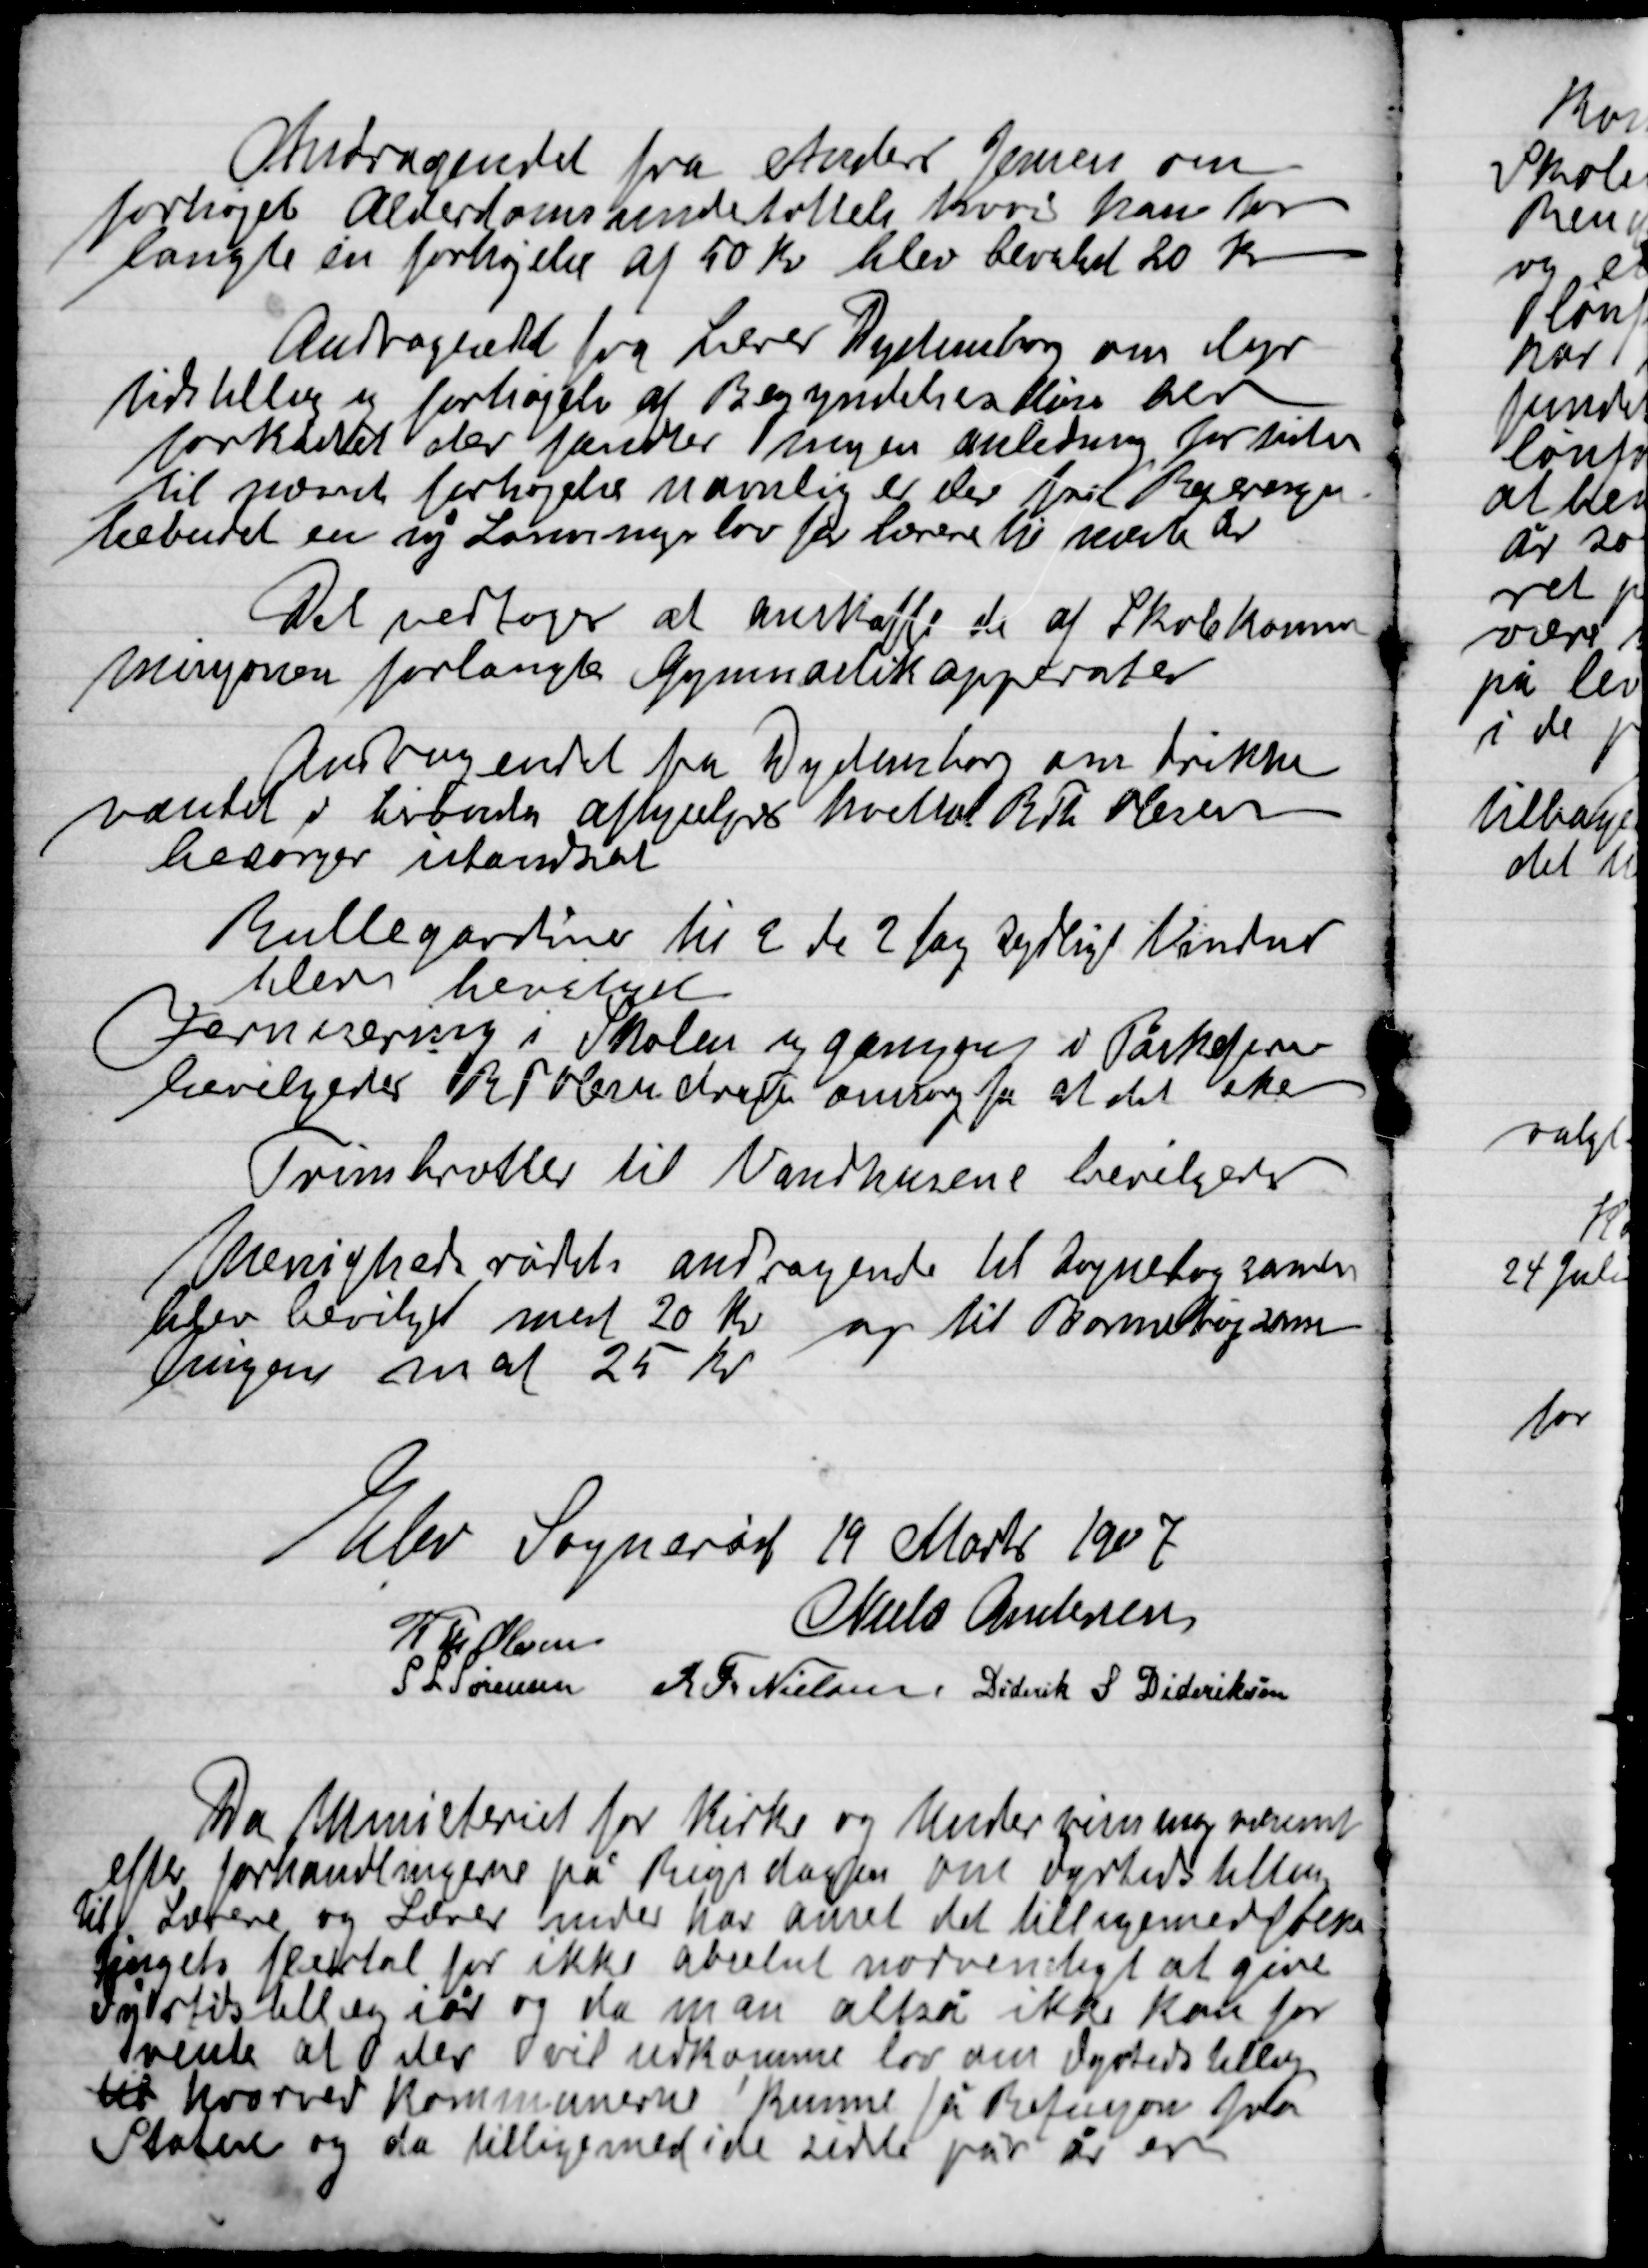
Transskription:
Andragende fra Anders Jensen om
Forhøjet Alderdomsunderstøttelse hvor han for
Højelse af 50 Kr. blev bevilget 20 Kr.

Andragende fra Lærer Dydensborg om dyr-
tidstillæg og forhøjelse af Begyndelsesløn blev
forkastet der fandtes ingen anledning for tiden
til procent forhøjelse navnlig er der fri beregning
bebudet en ny lønnings lov for lærer til næste år.

Det vedtoges at anskaffe de af Skolekom-
misjonen forlangte Gymnastikapparater.

Andragende fra Dydensborg om drikke
Vandet i  aflyset hvilket R. Th. Nielsen
besørger istandsat.

Rullegardiner til 2 de 2 fag sydlige Vinduer
blev bevilget
Fernisering i Skolen og gangen i Påskaferien
bevilgedes  omsorg få at det ere

Trinbrætter til Vandhusene bevilgedes
Menighedsrådet andragende til sognetog sådan
blev bevilget med 20 Kr. og til Børnebogsam-
lingen med 25 Kr.

Elev Sogneråd den 19 Marts 1907

R. Th. Olsen
Niels Andersen
S. L. Sørensen
R. Th. Nielsen
Diderik S. Dideriksen

Da Ministeriet for Kirke og Undervisning omtrent
efter forhandlingerne på Rigsdagen om Dyrtidstillæg
til Lærerne og Lærerinder under har æmret det tilligemed folke-
tingets flertal for ikke abselut nødvendigt at give
dyrtidsstilling i år og da man altså ikke kan for-
vente at der vil udkomme lov om dyrtidstillæg
til hvorved Kommunerne kunne få Refusion fra
Staten og da tilligemed i de sidste par år er